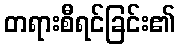
တရားစီရင်ခြင်း၏